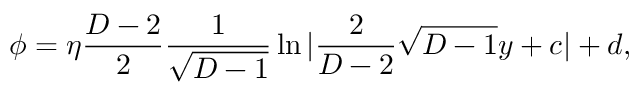
\phi = \eta { \frac { D - 2 } { 2 } } { \frac { 1 } { \sqrt { D - 1 } } } \ln | { \frac { 2 } { D - 2 } } \sqrt { D - 1 } y + c | + d ,